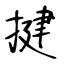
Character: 揵